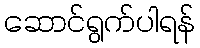
ဆောင်ရွက်ပါရန်